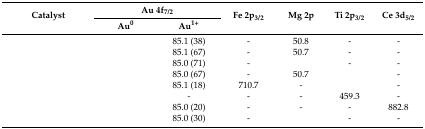
<table><thead><tr><td rowspan="2"><b>Catalyst</b></td><td colspan="2"><b>Au 4f<sub>7/2</sub></b></td><td rowspan="2"><b>Fe 2p<sub>3/2</sub></b></td><td rowspan="2"><b>Mg 2p</b></td><td rowspan="2"><b>Ti 2p<sub>3/2</sub></b></td><td rowspan="2"><b>Ce 3d<sub>5/2</sub></b></td></tr><tr><td><b>Au<sup>0</sup></b></td><td><b>Au<sup>1+</sup></b></td></tr></thead><tbody><tr><td>[EMPTY_CELL]</td><td>[EMPTY_CELL]</td><td>85.1 (38)</td><td>-</td><td>50.8</td><td>-</td><td>-</td></tr><tr><td>[EMPTY_CELL]</td><td>[EMPTY_CELL]</td><td>85.1 (67)</td><td>-</td><td>50.7</td><td>-</td><td>-</td></tr><tr><td>[EMPTY_CELL]</td><td>[EMPTY_CELL]</td><td>85.0 (71)</td><td>-</td><td>[EMPTY_CELL]</td><td>-</td><td>-</td></tr><tr><td>[EMPTY_CELL]</td><td>[EMPTY_CELL]</td><td>85.0 (67)</td><td>-</td><td>50.7</td><td>[EMPTY_CELL]</td><td>-</td></tr><tr><td>[EMPTY_CELL]</td><td>[EMPTY_CELL]</td><td>85.1 (18)</td><td>710.7</td><td>-</td><td>[EMPTY_CELL]</td><td>-</td></tr><tr><td>[EMPTY_CELL]</td><td>[EMPTY_CELL]</td><td>-</td><td>-</td><td>-</td><td>459.3</td><td>-</td></tr><tr><td>[EMPTY_CELL]</td><td>[EMPTY_CELL]</td><td>85.0 (20)</td><td>-</td><td>-</td><td>-</td><td>882.8</td></tr><tr><td>[EMPTY_CELL]</td><td>[EMPTY_CELL]</td><td>85.0 (30)</td><td>-</td><td>[EMPTY_CELL]</td><td>-</td><td>-</td></tr></tbody></table>